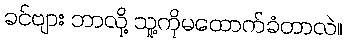
ခင်ဗျား ဘာလို့ သူ့ကိုမထောက်ခံတာလဲ။